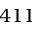
4 1 1